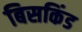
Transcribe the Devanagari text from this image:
बिसकिंड